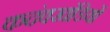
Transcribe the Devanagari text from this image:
कदंवखंडियों